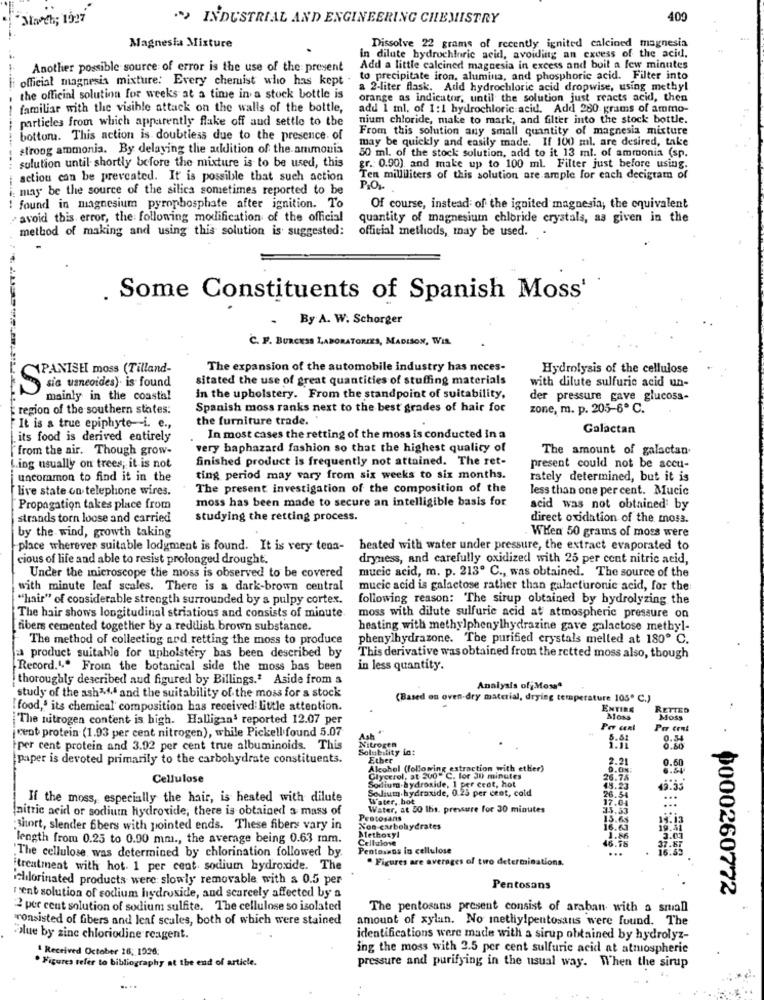
"North; 199"
"> INDUSTRIAL AND ENGINEERING CHEMISTRY
400
Magnesia Mixture
Dissolve 22 grams of recently ignited calcined magnesia
in dilute hydrochloric acid, avoiding an excess of the acid.
Another possible source of error is the use of the present
Add a little calcined magnesia in excess and boil a few minutes
i official magnesia mixture: Every chemist who has kept .
to precipitate iron, alumina, and phosphoric acid. Filter into
a 2-liter flask. Add hydrochloric acid dropwise, using methyl
the official solution for weeks at a time in a stock bottle is
orange as indicator, until the solution just reacts acid, then
familiar with the visible attack on the walls of the bottle,
add 1 ml. of 1:1 hydrochloric acid. Add 280 grams of ammo-
partieles from which apparently flake off and settle to the
nium chloride, make to mark, and filter into the stock bottle.
From this solution any small quantity of magnesia mixture
bottom. This action is. doubtless due to the presence of
may be quickly and easily made. If 100 ml. are desired, take
strong ammonia. By delaying the addition of the ammonia
50 ml. of the stock solution, add to it 13 ml. of ammonia (sp.
solution until shortly before the mixture is to be used, this
gr .: 0.90), and make up to 100 ml. Filter just before using.
action can be prevcated. It is possible that such action
Ten milliliters of this solution are ample for each decigtat of
i: may be the source of the silica sometimes reported to be
P.O.
found in magnesium pyrophosphate after ignition. To
Of course, instead of the ignited magnesia, the equivalent
avoid this error, the following modification of the official
quantity of magnesium chloride crystals, as given in the
method of making and using this solution is suggested:
official methods, may be used.
. Some Constituents of Spanish Moss'
By A. W. Schorger
C. F. BURCKSA LABORATORIES, MADISON, WIR
SPANISH moss (Tilland-
The expansion of the automobile industry has neces-
Hydrolysis of the cellulose
sitated the use of great quantities of stuffing materials
with dilute sulfuric acid un-
S sia uneoides) is found
mainly in the coastal
in the upholstery. From the standpoint of suitability,
der pressure gave glucoss-
region of the southern states:
Spanish moss ranks next to the best grades of hair for
zone, m. p. 205-6º C.
the furniture trade.
It is a true epiphyte-i. e .,
Galactan
its food is derived entirely
In most cases the retting of the moss is conducted In a
from the air. Though grow-
very haphazard fashion so that the highest quality of
The amount of galactan
finished product is frequently not attained. The ret-
ing usually on trees, it is not
present could not be accu-
uncommon to find it in the
ting period may vary from six weeks to six months.
rately determined, but it is
live state on telephone wires.
The present investigation of the composition of the
less than one per cent. Mucic
moss has been made to secure an intelligible basis for.
Propagation takes place from
acid was not obtained by
strands torn loose and carried
studying the retting process.
direct oxidation of the moss.
by the wind, growth taking
When 50 grams of moss were
place wherever suitable lodgment is found. It is very tena-
heated with water under pressure, the extract evaporated to
cious of life and able to resist prolonged drought.
dryness, and carefully oxidized with 25 per cent nitric acid,
Under the microscope the moss is observed to be covered
mueic acid, m. p. 213º C ., was obtained. The source of the
with minute leaf scales. There is a dark-brown central
mucic acid is galactose rather than galacturonic acid, for the
"hair" of considerable strength surrounded by a pulpy cortex.
following reason: The sirup obtained by hydrolyzing the
The hair shows longitudinal striations and consists of minute.
moss with dilute sulfuric acid at atmospheric pressure on
fibers cemented together by a reddish brown substance.
hesting with methylphenylhydrazine gave galactose methyl-
The method of collecting and retting the moss to produce
phenylhydrazone. The purified crystals melled at 180º C.
a product suitable for upholstery bas been described by
This derivative was obtained from the retted moss also, though
Record."." Froin the botanical side the moss bas been
in less quantity.
thoroughly described aud figured by Billings.ª Aside from a
Analysis of;Mossª
study of the ash44.4 and the suitability of the moss for a stock
(Based on oven-dry material, drying temperature 105º C.)
food,' its chemical composition has received little attention.
ENTIRE
RETTED
The nitrogen content is high. Halligan' reported 12.07 per
BONS
Moss
jeent protein (1.93 per cent nitrogen), while Pickell found 5.07
Per cent
Ash"
Nitrogen
0.54
per cent protein and 3.92 per cent true albuminoids. This
Solubility in:
0.80
paper is devoted primarily to the carbohydrate constituents.
Ether
.21
Alcohol (following extraction with ether)
D.ON
Cellulose
Glycerol, at 300" C. for JU minutes
Sodium hydroxide, 1 per cent, hot
26.7
Sodium hydroxide, 0.25 per cent, cold
If the moss, especially the hair, is heated with dilute
Water, bot
6.54
(nitric acid or sodium hydroxide, there is obtained a mass of
Water, at 50 1hs. pressure for 30 minutes
Pestosans
14.13
short, slender Bbers with pointed ends. These fibers vary in
Non carbohydrates
Methoxyl
16.€
length from 0.25 to 0.00 mm ., the average being 0.63 mm.
Cellulose
16.7
1.86
Pentosaos lo cellulose
:The cellulose, was determined by chlorination followed by.
" Figures are averages of two determinations.
.
treatment with hot. 1 per cent. sodium hydroxide. The
ichlorinated products were slowly removable with a 0.5 per
Pentosans
0000260772
rent solution of sodium hydroxide, and scarcely affected by a
2 per cent solution of sodium sulfite. The cellulose so isolated
The pentosans present consist of araban with a small
consisted of fibers and leaf scales, both of which were stained
amount of xylan. No methylpentosans were found. The
blue by zinc chloriodine reagent.
identifications were made with a sirup obtained by hydrolyz-
" Received October 16; 1926:
ing the moss with 2.5 per cent sulfuric acid at atmospheric
. Figures refer to bibliography at the end of article.
pressure and purifying in the usual way. When the sirup